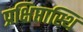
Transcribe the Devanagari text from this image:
प्रक्षिप्तास्थि